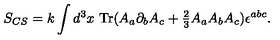
S _ { C S } = k \int d ^ { 3 } x \ \mathrm { T r } ( A _ { a } \partial _ { b } A _ { c } + { \textstyle { \frac { 2 } { 3 } } } A _ { a } A _ { b } A _ { c } ) \epsilon ^ { a b c } .